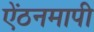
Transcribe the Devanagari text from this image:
ऐंठनमापी